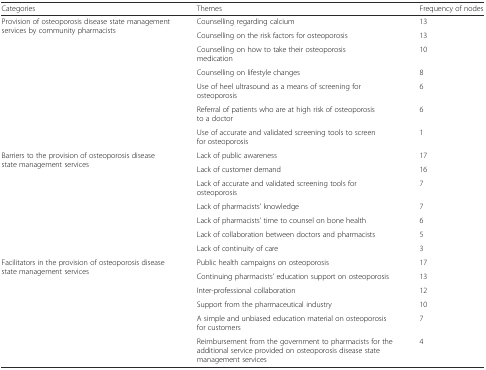
<table><thead><tr><td><b>Categories</b></td><td><b>Themes</b></td><td><b>Frequency of nodes</b></td></tr></thead><tbody><tr><td rowspan="7">Provision of osteoporosis disease state management services by community pharmacists</td><td>Counselling regarding calcium</td><td>13</td></tr><tr><td>Counselling on the risk factors for osteoporosis</td><td>13</td></tr><tr><td>Counselling on how to take their osteoporosis medication</td><td>10</td></tr><tr><td>Counselling on lifestyle changes</td><td>8</td></tr><tr><td>Use of heel ultrasound as a means of screening for osteoporosis</td><td>6</td></tr><tr><td>Referral of patients who are at high risk of osteoporosis to a doctor</td><td>6</td></tr><tr><td>Use of accurate and validated screening tools to screen for osteoporosis</td><td>1</td></tr><tr><td rowspan="7">Barriers to the provision of osteoporosis disease state management services</td><td>Lack of public awareness</td><td>17</td></tr><tr><td>Lack of customer demand</td><td>16</td></tr><tr><td>Lack of accurate and validated screening tools for osteoporosis</td><td>7</td></tr><tr><td>Lack of pharmacists’ knowledge</td><td>7</td></tr><tr><td>Lack of pharmacists’ time to counsel on bone health</td><td>6</td></tr><tr><td>Lack of collaboration between doctors and pharmacists</td><td>5</td></tr><tr><td>Lack of continuity of care</td><td>3</td></tr><tr><td rowspan="6">Facilitators in the provision of osteoporosis disease state management services</td><td>Public health campaigns on osteoporosis</td><td>17</td></tr><tr><td>Continuing pharmacists’ education support on osteoporosis</td><td>13</td></tr><tr><td>Inter-professional collaboration</td><td>12</td></tr><tr><td>Support from the pharmaceutical industry</td><td>10</td></tr><tr><td>A simple and unbiased education material on osteoporosis for customers</td><td>7</td></tr><tr><td>Reimbursement from the government to pharmacists for the additional service provided on osteoporosis disease state management services</td><td>4</td></tr></tbody></table>